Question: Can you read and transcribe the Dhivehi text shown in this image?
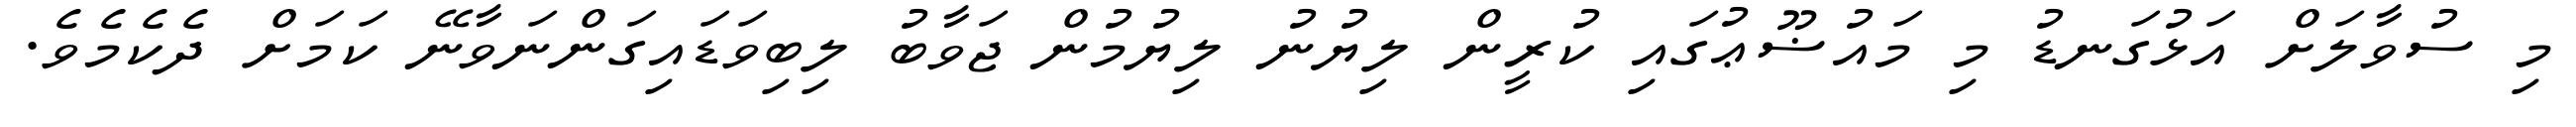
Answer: މި ސުވާލަށް އަޅުގަނޑު މި މައުޟޫޢުގައި ކުރީން ލިޔުނު ލިޔުމުން ޖަވާބު ލިބިވަޑައިގަންނަވާނޭ ކަމަށް ދެކެމެވެ.